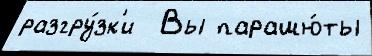
разгру́зк'и  Вы парашю́ты